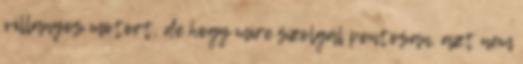
villanyos motort, de hogy mire szolgál pontosan, azt nem